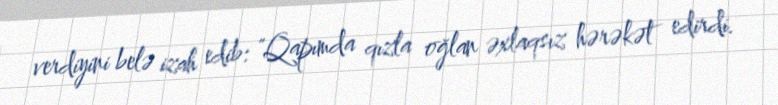
verdiyini belə izah edib: "Qapımda qızla oğlan əxlaqsız hərəkət edirdi.